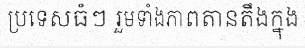
ប្រទេសធំៗ រួមទាំងភាពតានតឹងក្នុង